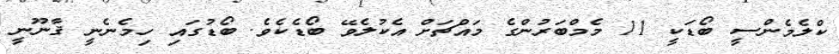
ކްލެމެންސީ ބޯޑަކީ 11 މެމްބަރުންގެ މައްޗަށް އެކުލެވޭ ބޯޑެކެވެ. ބޯޑުގައި ހިމެނެނީ ޤާނޫނީ